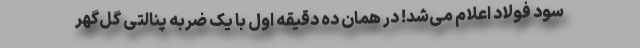
سود فولاد اعلام می‌شد! در همان ده دقیقه اول با یک ضربه پنالتی گل‌گهر